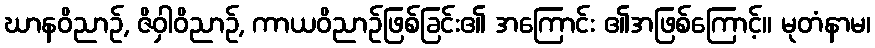
ဃာနဝိညာဉ်, ဇိဝှါဝိညာဉ်, ကာယဝိညာဉ်ဖြစ်ခြင်း၏ အကြောင်း ၏အဖြစ်ကြောင့်။ မုတံနာမ၊